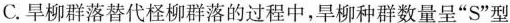
C.旱柳群落替代柽柳群落的过程中，旱柳种群数量呈”S”型